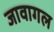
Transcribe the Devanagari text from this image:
जावागल